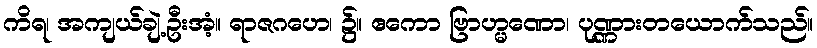
ကိရ၊ အကျယ်ချဲ့ဦးအံ့။ ရာဇဂဟေ၊ ၌။ ဧကော ဗြာဟ္မဏော၊ ပုဏ္ဏားတယောက်သည်။